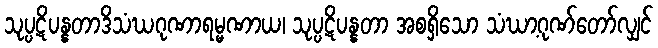
သုပ္ပဋိပန္နတာဒိသံဃဂုဏာရမ္မဏာယ၊ သုပ္ပဋိပန္နတာ အစရှိသော သံဃာ့ဂုဏ်တော်လျှင်